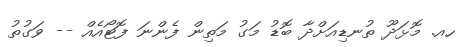
ހއ. މޮޅަދޫ ތުނޑިއަށްދާ ބޮޑު މަގު މަތިން ފެންނަ ފޮޓޯއެއް -- ވަގުތު